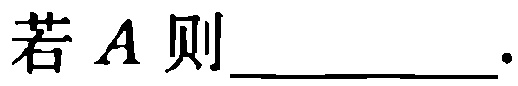
若 \(A\) 则\(\underline{\qquad\qquad}\).